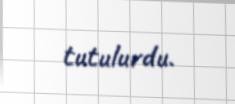
tutulurdu.